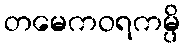
တမေကဝရကမ္ပိ